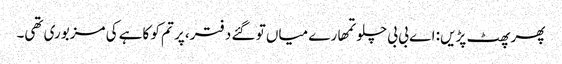
پھر پھٹ پڑیں: اے بی بی چلو تمھارے میاں تو گئے دفتر، پر تم کو کاہے کی مزبوری تھی۔